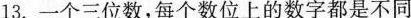
13.一个三位数，每个数位上的数字都是不同